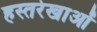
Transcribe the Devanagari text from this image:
हस्तरेखाओं